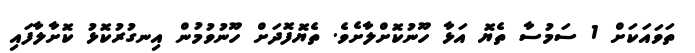
ތަވައަކަށް 1 ސަމުސާ ތެޔޮ އަޅާ ހޫނުކޮށްލާށެވެ. ތެޔޮފޮދަށް ހޫނުވުމުން އިނގުރުކޮޅު ކޮށާލާފައި